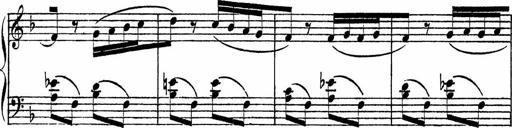
Title: Piano Sonatinas
Composer: Charles Fradel